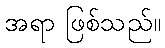
အရာ ဖြစ်သည်။